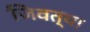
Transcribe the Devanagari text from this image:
जिवत्या